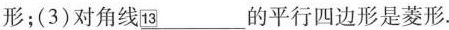
形；(3)对角线\underline{13} 的平行四边形是菱形。